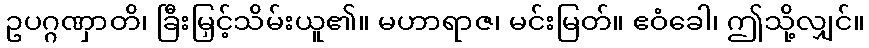
ဥပဂ္ဂဏှာတိ၊ ခြီးမြှင့်သိမ်းယူ၏။ မဟာရာဇ၊ မင်းမြတ်။ ဧဝံခေါ၊ ဤသို့လျှင်။